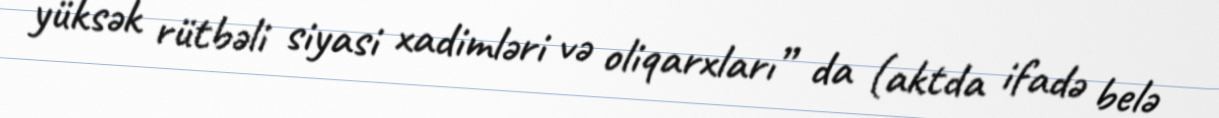
yüksək rütbəli siyasi xadimləri və oliqarxları” da (aktda ifadə belə